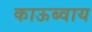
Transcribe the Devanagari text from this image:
काऊब्वाय